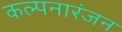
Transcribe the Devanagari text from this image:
कल्पनारंजन